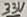
Text: 33V